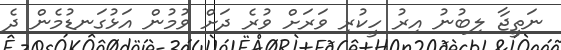
ނަތީޖާ ލިބުނު އިރު ހީކުރި ވަރަށް ވުރެ ދަށް ވުމުން އަޅުގަނޑުމެން ދެ